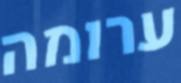
ערומה